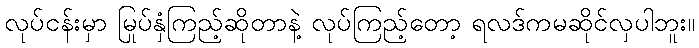
လုပ်ငန်းမှာ မြုပ်နှံကြည့်ဆိုတာနဲ့ လုပ်ကြည့်တော့ ရလဒ်ကမဆိုင်လှပါဘူး။